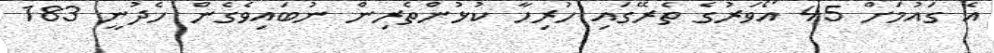
އެ ގައުމަށް 45 އޯވަރުގެ ތެރޭގައި ހުރިހާ ކުޅުންތެރިން ނުބައިވެގެން ހެދުނީ 183